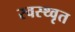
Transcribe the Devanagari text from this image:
स्वस्थ्वृत